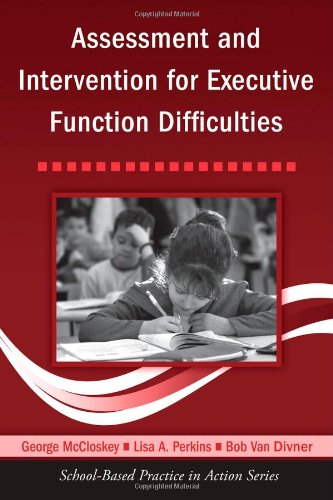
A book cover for Assessment and Intervention for Executive Function Difficulties (School-Based Practice in Action); George McCloskey; Medical Books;